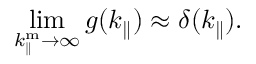
\operatorname* { l i m } _ { k _ { \parallel } ^ { \mathrm { m } } \to \infty } g ( k _ { \parallel } ) \approx \delta ( k _ { \parallel } ) .